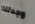
وجدتنا